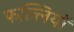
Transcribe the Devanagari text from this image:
फल्लियों